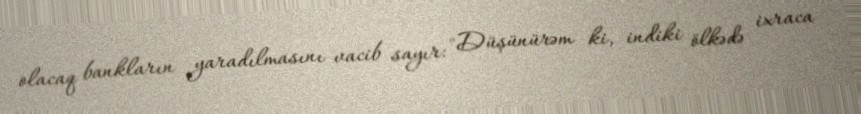
olacaq bankların yaradılmasını vacib sayır: "Düşünürəm ki, indiki ölkədə ixraca